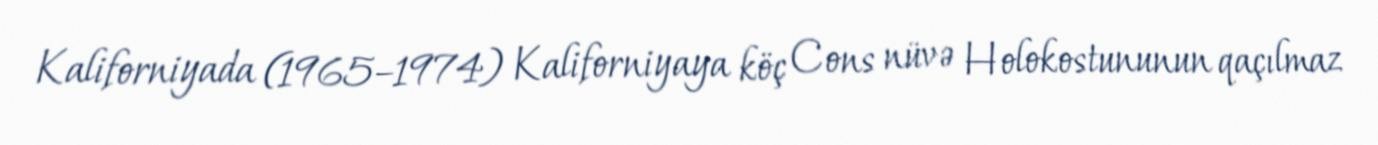
Kaliforniyada (1965–1974) Kaliforniyaya köç Cons nüvə Holokostununun qaçılmaz